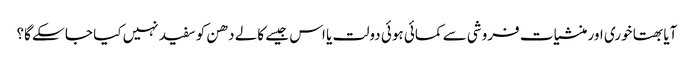
آیا بھتا خوری اور منشیات فروشی سے کمائی ہوئی دولت یا اس جیسے کالے دھن کو سفید نہیں کیا جا سکے گا؟